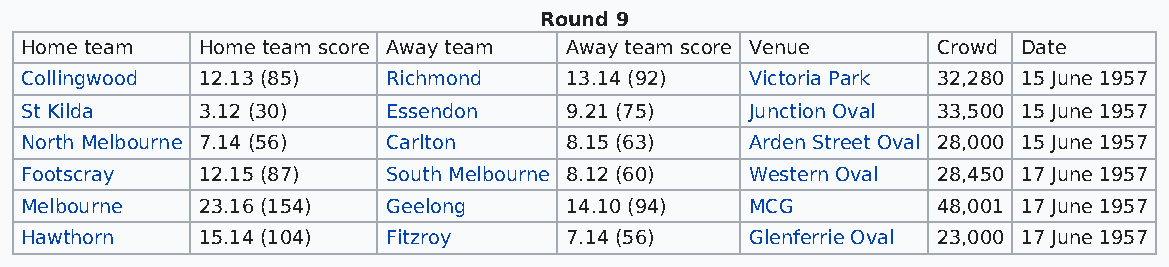
Round 9
 Home team   Home team score Away team Away team score Venue  Crowd Date
 Collingwood 12.13 (85)   Richmond   13.14 (92)   Victoria Park 32,280 15 June 1957
 St Kilda    3.12 (30)    Essendon   9.21 (75)    Junction Oval 33,500 15 June 1957
 North Melbourne 7.14 (56) Carlton   8.15 (63)    Arden Street Oval 28,000 15 June 1957
 Footscray   12.15 (87)   South Melbourne 8.12 (60) Western Oval 28,450 17 June 1957
 Melbourne   23.16 (154)  Geelong    14.10 (94)   MCG         48,001 17 June 1957
 Hawthorn    15.14 (104)  Fitzroy    7.14 (56)    Glenferrie Oval 23,000 17 June 1957